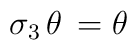
\sigma_3 \, \theta \, =  \theta